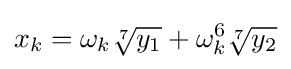
x_{k}=\omega _{k}{\sqrt[{7}]{y_{1}}}+\omega _{k}^{6}{\sqrt[{7}]{y_{2}}}